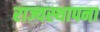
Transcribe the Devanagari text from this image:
राज्यस्थापना